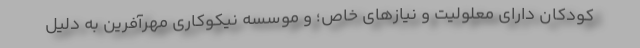
کودکان دارای معلولیت و نیازهای خاص؛ و موسسه نیکوکاری مهرآفرین به دلیل